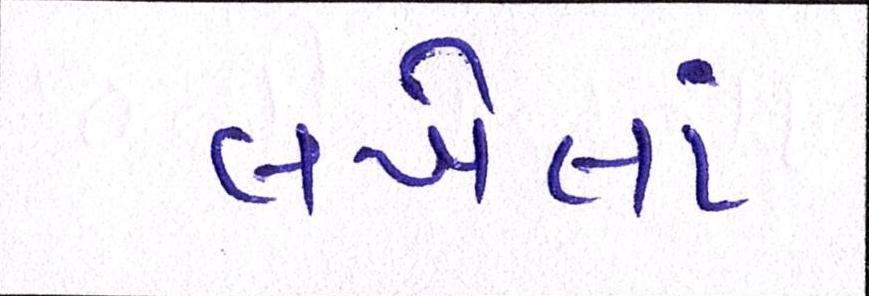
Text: લખેલાં